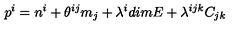
p ^ { i } = n ^ { i } + \theta ^ { i j } m _ { j } + \lambda ^ { i } d i m E + \lambda ^ { i j k } C _ { j k }